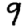
Digit: 9